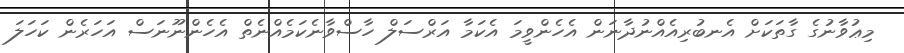
މިޢުވާނުގެ ގާތަކަށް އެނބުރިއެއްނުދާނަން އެހެންވީމަ އެކަމާ އަރްސަލް ހާސްވާނެކަމެއްނެތް އެހެންނޫނަސް އަހަރެން ކަހަލަ